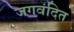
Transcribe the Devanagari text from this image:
जगवंदित